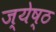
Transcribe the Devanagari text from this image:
ज्‍येष्‍ठ